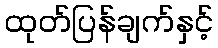
ထုတ်ပြန်ချက်နှင့်